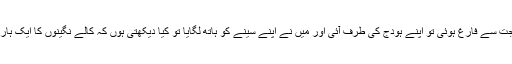
حاجت کی ضرورت تھی، جب مَیں اپنی حاجت سے فارغ ہوئی تو اپنے ہودج کی طرف آئی اور مَیں نے اپنے سینے کو ہاتھ لگایا تو کیا دیکھتی ہوں کہ کالے نگینوں کا ایک ہار تھا وہ ٹوٹ کر میرے گلے سےگر گیا ہے۔